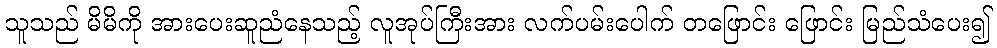
သူသည် မိမိကို အားပေးဆူညံနေသည့် လူအုပ်ကြီးအား လက်ပမ်းပေါက် တဖြောင်း ဖြောင်း မြည်သံပေး၍